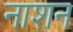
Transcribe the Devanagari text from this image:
नाशन